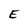
Character: E